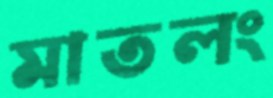
মাতলং